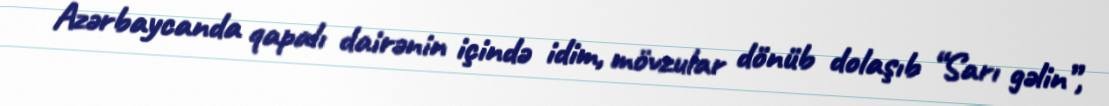
Azərbaycanda qapalı dairənin içində idim, mövzular dönüb dolaşıb “Sarı gəlin”,